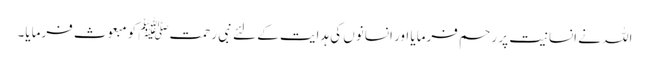
اللہ نے انسانیت پر رحم فرمایا اور انسانوں کی ہدایت کے لئے نبی رحمتﷺ کو مبعوث فرمایا۔